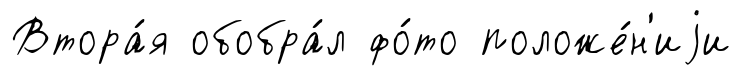
Втора́я обобра́л фо́то положе́н'иjи